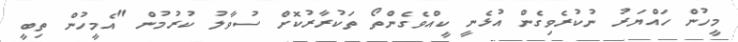
މީހުން ހައްޔަރު ނުކުރެވިގެން އުޅެނީ ކީއްވެގެންތޯ ތަކުރާރުކޮށް ސުވާލު ކުރުމުން "އެމީހުން ތިބީ